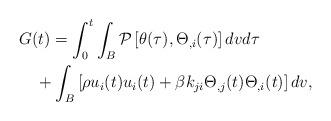
LaTeX: \begin{align*}\begin{aligned} & G(t)=\int_{0}^{t}\int_{B}\mathcal{\mathcal{P}}\left[\theta(\tau),\Theta{}_{,i}(\tau)\right]dvd\tau\\ & \quad+\int_{B}\left[\rho u_{i}(t)u_{i}(t)+\beta k_{ji}\Theta_{,j}(t)\Theta_{,i}(t)\right]dv,\end{aligned}\end{align*}